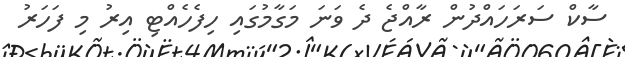
ސާކް ސަރަހައްދުން ރާއްޖެ ދެ ވަނަ މަގާމުގައި ހިފެހެއްޓި އިރު މި ފަހަރު